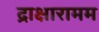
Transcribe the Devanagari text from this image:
द्राक्षारामम